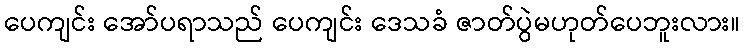
ပေကျင်း အော်ပရာသည် ပေကျင်း ဒေသခံ ဇာတ်ပွဲမဟုတ်ပေဘူးလား။